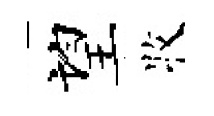
望牧